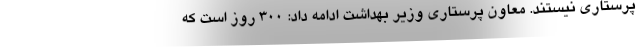
پرستاری نیستند. معاون پرستاری وزیر بهداشت ادامه داد: ۳۰۰ روز است که